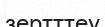
зертттеу